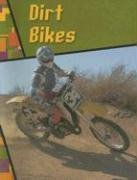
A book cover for Dirt Bikes (Wild Rides!); Danny Parr; Children's Books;